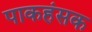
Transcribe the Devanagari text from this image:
पाकहंसक